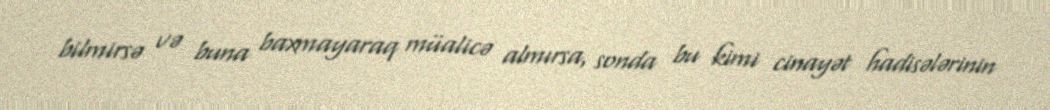
bilmirsə və buna baxmayaraq müalicə almırsa, sonda bu kimi cinayət hadisələrinin